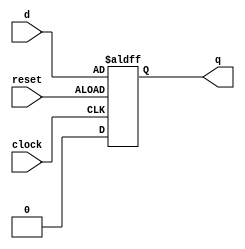
module dff (input d,  
              input reset,  
              input clock,  
              output reg q);  
  
  always @ (posedge clock or negedge reset)  
    if (reset)  
          q <= 1'b0;  
       else  
          q <= d;  
endmodule